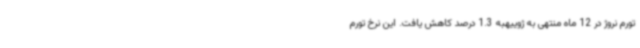
تورم نروژ در 12 ماه منتهی به ژوییهبه 1.3 درصد کاهش یافت. این نرخ تورم